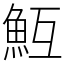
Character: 魱